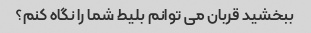
ببخشید قربان می توانم بلیط شما را نگاه کنم؟